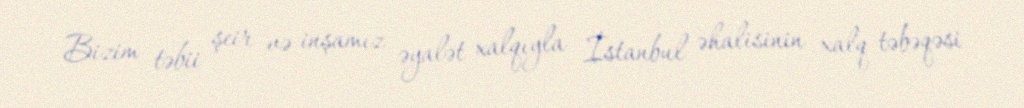
Bizim təbii şeir və inşamız əyalət xalqıyla İstanbul əhalisinin xalq təbəqəsi